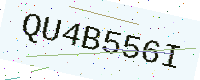
Text: QU4B556I